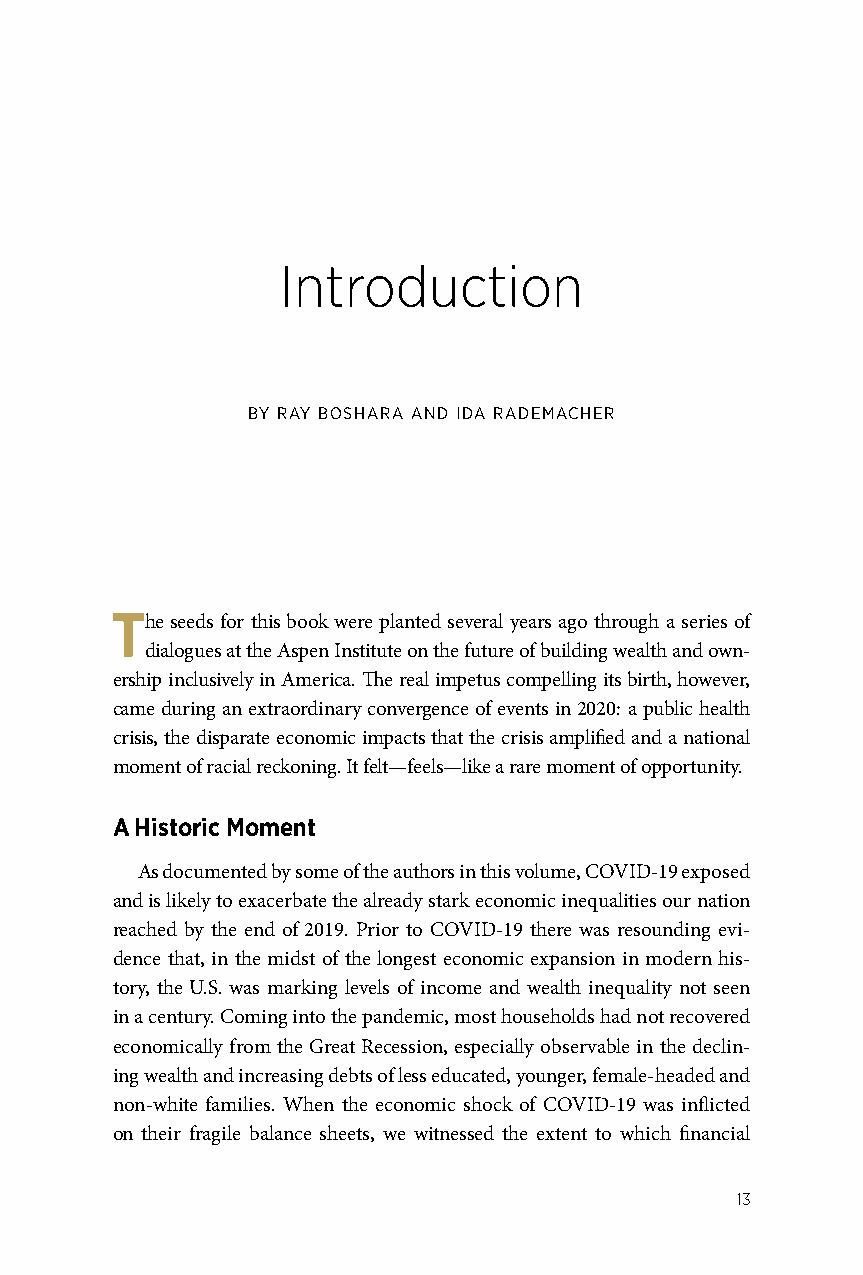
Introduction
 BY RAY BOSHARA AND IDA RADEMACHER
 The seeds for this book were planted several years ago through a series of
 dialogues at the Aspen Institute on the future of building wealth and own-
 ership inclusively in America. The real impetus compelling its birth, however,
 came during an extraordinary convergence of events in 2020: a public health
 crisis, the disparate economic impacts that the crisis amplified and a national
 moment of racial reckoning. It felt—feels—like a rare moment of opportunity.
 A Historic Moment
 As documented by some of the authors in this volume, COVID-19 exposed
 and is likely to exacerbate the already stark economic inequalities our nation
 reached by the end of 2019. Prior to COVID-19 there was resounding evi-
 dence that, in the midst of the longest economic expansion in modern his-
 tory, the U.S. was marking levels of income and wealth inequality not seen
 in a century. Coming into the pandemic, most households had not recovered
 economically from the Great Recession, especially observable in the declin-
 ing wealth and increasing debts of less educated, younger, female-headed and
 non-white families. When the economic shock of COVID-19 was inflicted
 on their fragile balance sheets, we witnessed the extent to which financial
 13